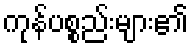
ကုန်ပစ္စည်းများ၏